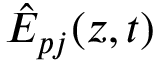
\hat { E } _ { p j } ( z , t )